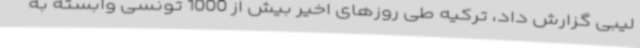
لیبی گزارش داد، ترکیه طی روزهای اخیر بیش از 1000 تونسی وابسته به